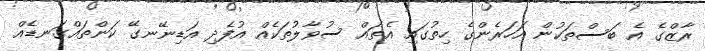
ރާޒްގެ އެ ބަސްތަކުން އަހަރެންގެ ހިތުގައި އެތައް ސުވާލުތަކެއް އުފެދި އަޑިނޭނގޭ ކަންތައްގަނޑެއް